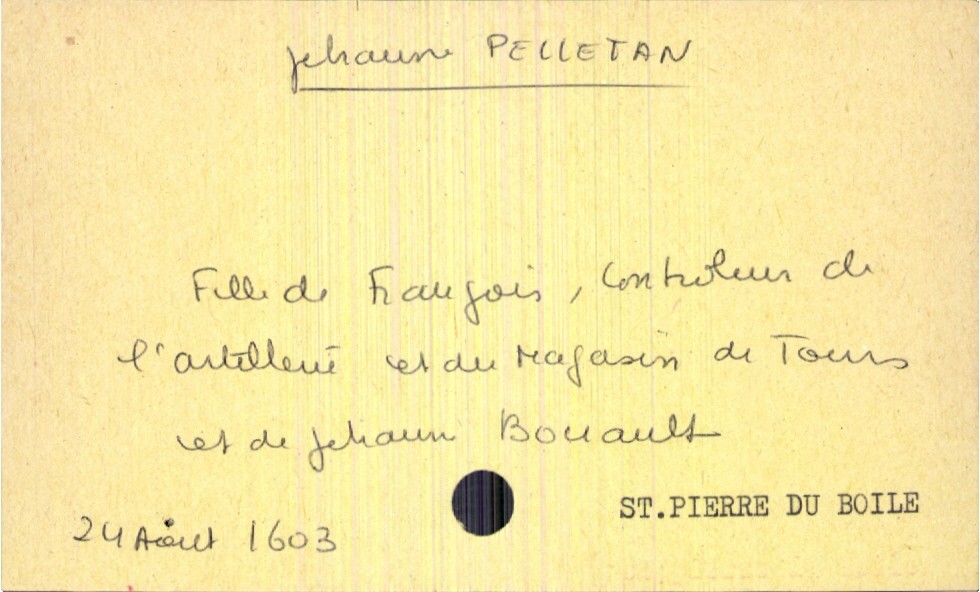
type_acte: Baptême
filiation: fille
enfant_prénom: Jehaune
enfant_date_de_naissance: 24 aout 1603
enfant_lieu_de_naissance: Saint Pierre du Boile
père_enfant_nom: Pelletan
père_enfant_prénom: François
père_enfant_profession: controleur de l'artillerie et du magasin de Tours
mère_enfant_nom: Bouault
mère_enfant_prénom: Jehaun